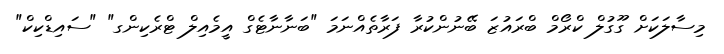
މިސާލަކަށް ގޫގުލް ކްރޯމް ބްރައުޒަ ބޭނުންކުރާ ފަރާތެއްނަމަ "ބަނާނާޓެގް އީމެއިލް ޓްރެކިންގ" "ސައިޑްކިކް"